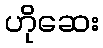
ဟိုဆေး